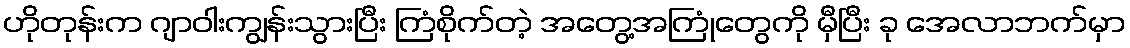
ဟိုတုန်းက ဂျာဝါးကျွန်းသွားပြီး ကြံစိုက်တဲ့ အတွေ့အကြုံတွေကို မှီပြီး ခု အေလာဘက်မှာ